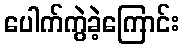
ပေါက်ကွဲခဲ့ကြောင်း